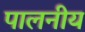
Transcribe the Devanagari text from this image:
पालनीय